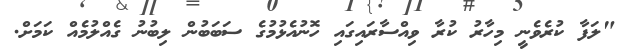
"ލަފާ ކުރެވެނީ މިހާރު ކުރާ ވިއްސާރައިގައި ހޮނުއެޅުމުގެ ސަބަބުން ލިބުނު ގެއްލުމެއް ކަމަށް.